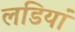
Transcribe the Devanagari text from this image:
लडियां